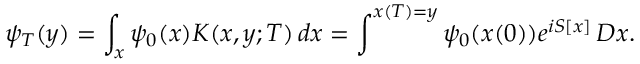
\psi _ { T } ( y ) = \int _ { x } \psi _ { 0 } ( x ) K ( x , y ; T ) \, d x = \int ^ { x ( T ) = y } \psi _ { 0 } ( x ( 0 ) ) e ^ { i S [ x ] } \, D x .